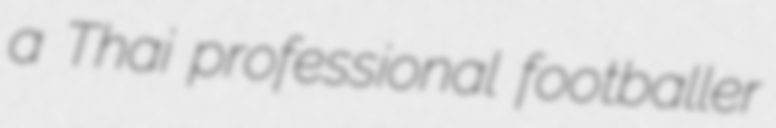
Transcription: a Thai professional footballer